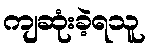
ကျဆုံးခဲ့ရသူ